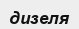
дизеля